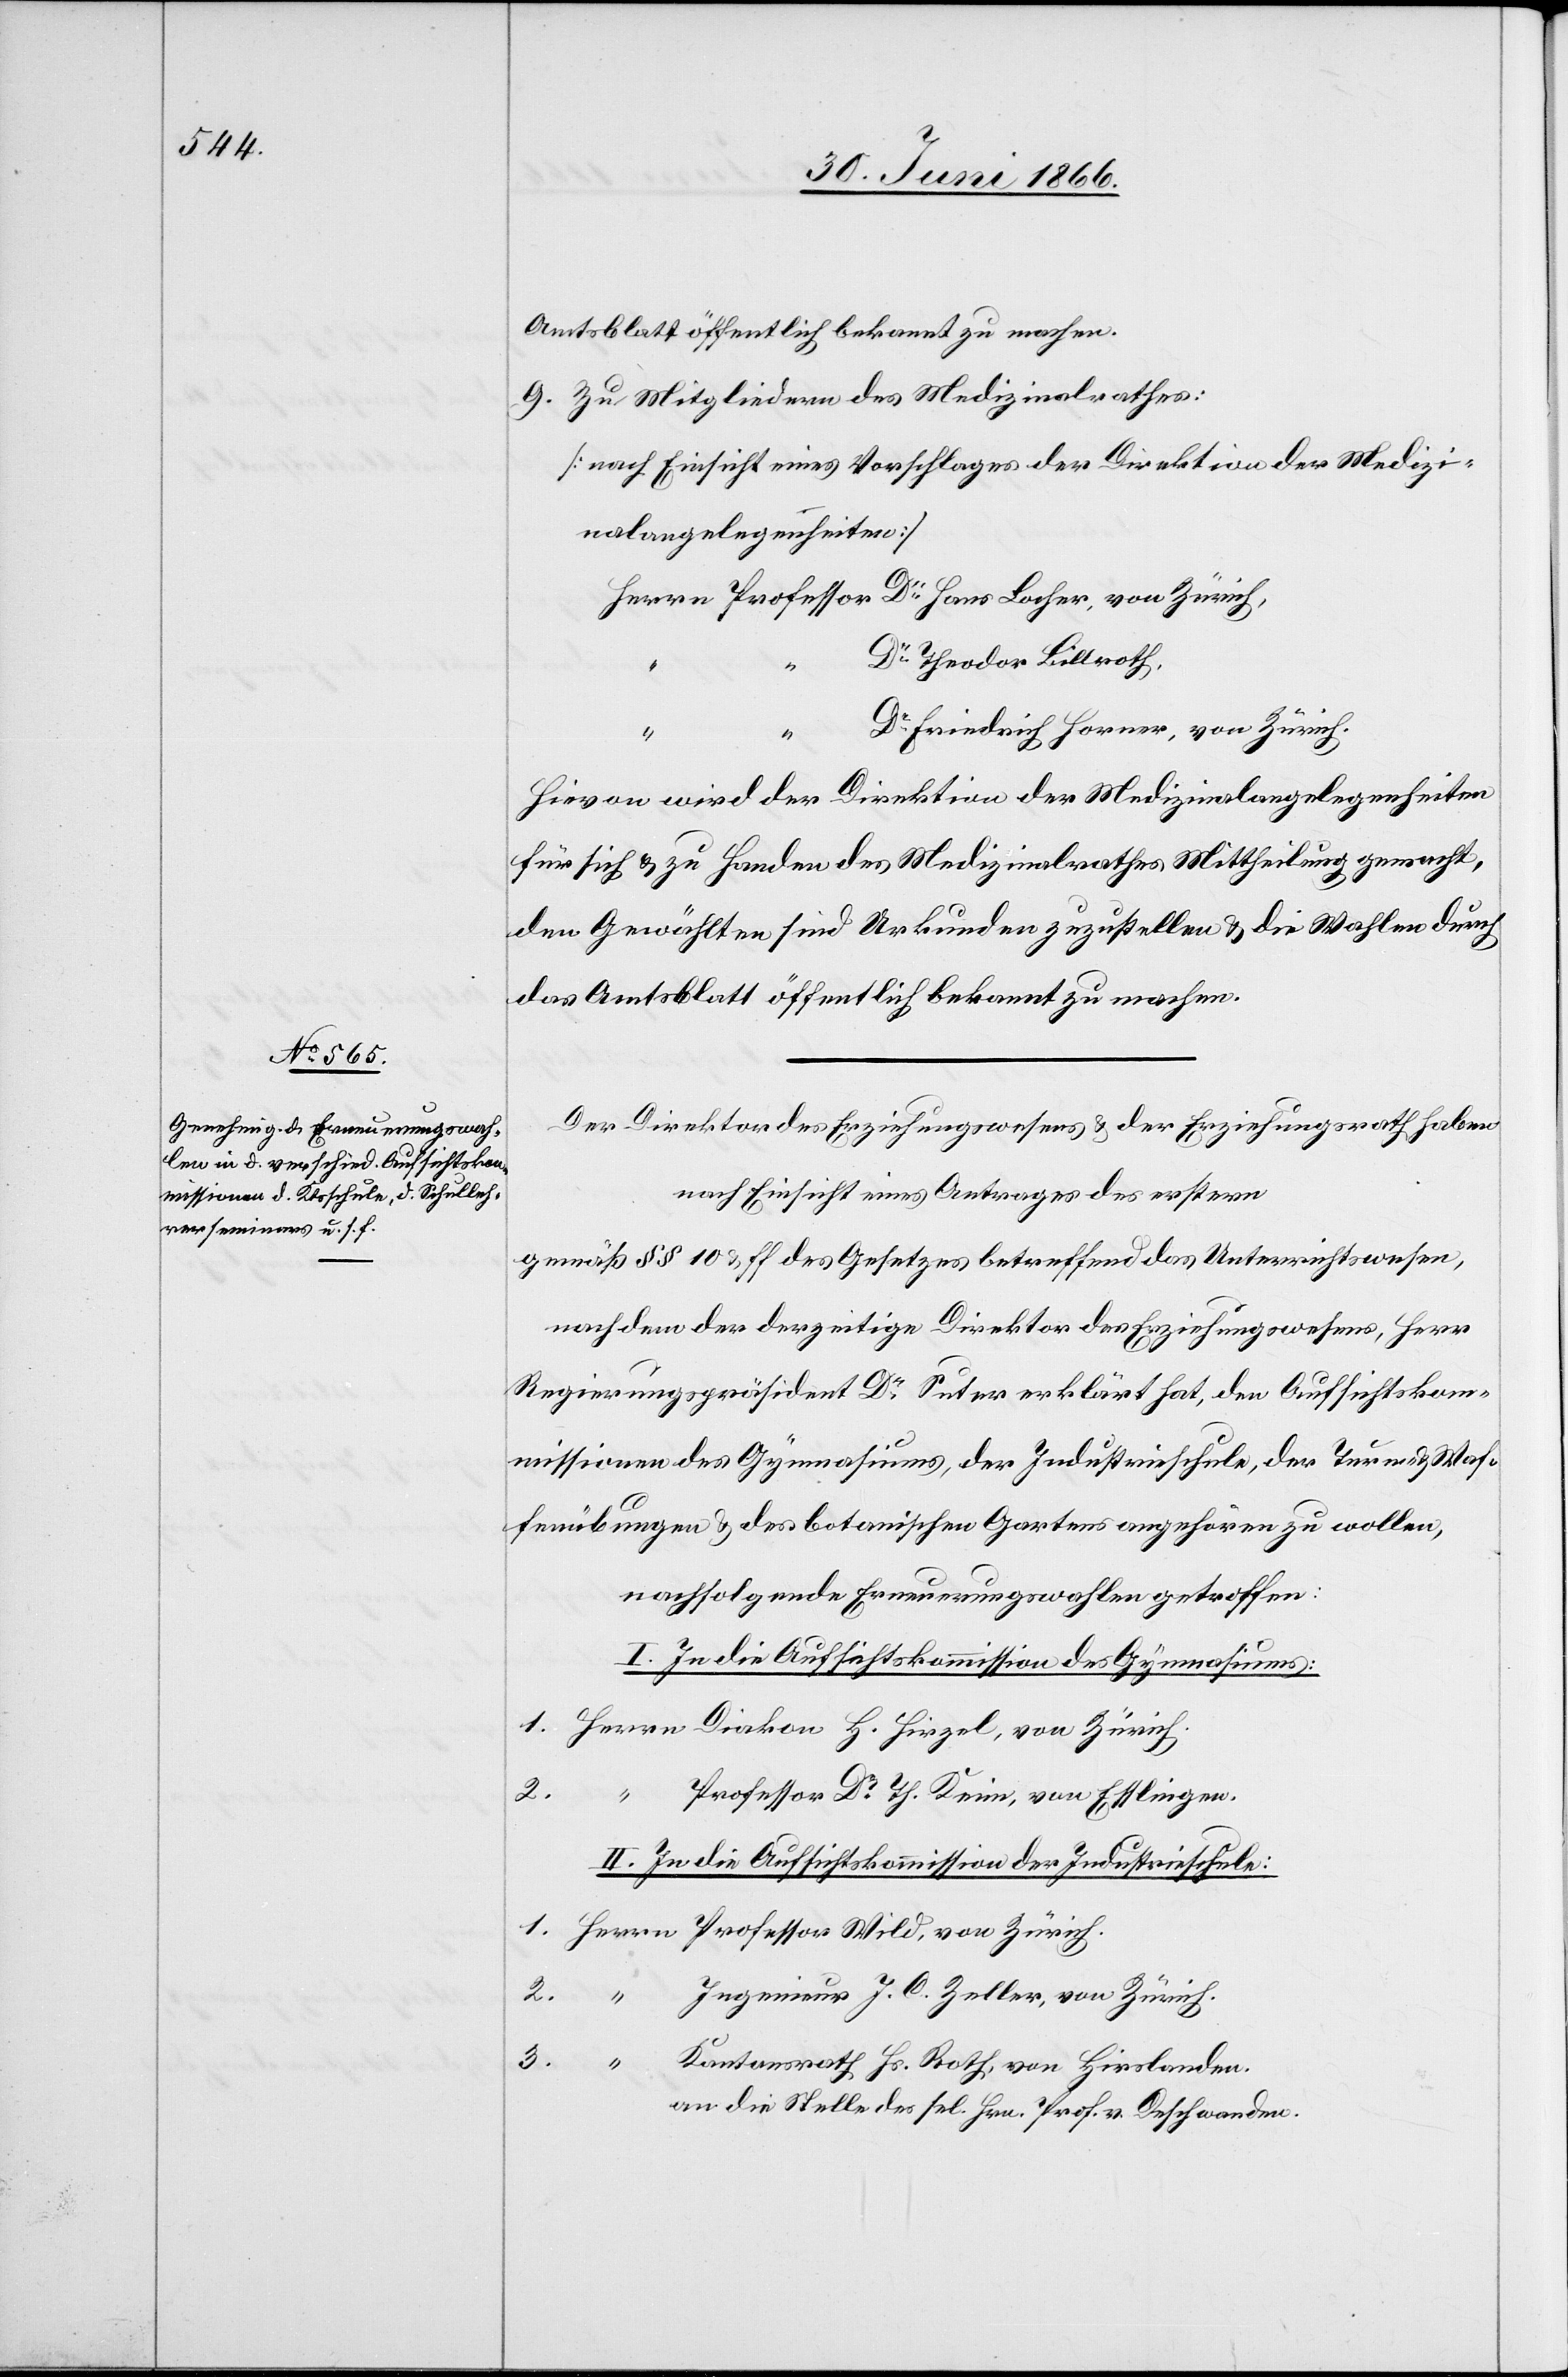
Amtsblatt öffentlich bekannt zu machen.
9. Zu Mitgliedern des Medizinalrathes:
[nach Einsicht eines Vorschlages der Direktion der Medizi¬
nalangelegenheiten]
Dr. Theodor Billroth,
Dr. Friedrich Horner, von Zürich.
Hievon wird der Direktion der Medizinalangelegenheiten
für sich u. zu Handen des Medizinalrathes Mittheilung gemacht,
den Gewählten sind Urkunden zuzustellen u. die Wahlen durch
das Amtsblatt öffentlich bekannt zu machen.
Der Direktor des Erziehungswesens u. der Erziehungsrath haben,
nach Einsicht eines Antrages des erstern
gemäß § § 10 u. ff. des Gesetzes betreffend das Unterrichtswesen,
nachdem der derzeitige Direktor des Erziehungswesens, Herr
Regierungspräsident Dr. Suter erklärt hat, den Aufsichtskom¬
missionen des Gymnasiums, der Industrieschule, der Turn- u. Waf¬
fenübungen u. des botanischen Gartens angehören zu wollen,
nachfolgende Erneuerungswahlen getroffen:
I. In die Aufsichtskommission des Gymnasiums:
2.
Professor Dr. Th. Keim, von Esslingen.
II. In die Aufsichtskommission der Industrieschule:
2.
Ingenieur J. C. Zeller, von Zürich
3.
Kantonsrath Hs. Roth, von Hirslanden.
an die Stelle des sel. Hrn. Prof. v. Deschwanden.